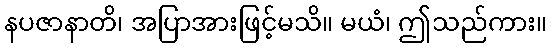
နပဇာနာတိ၊ အပြာအားဖြင့်မသိ။ မယံ၊ ဤသည်ကား။